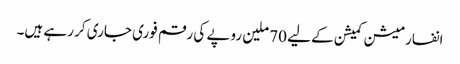
انفارمیشن کمیشن کے لیے 70 ملین روپے کی رقم فوری جاری کر رہے ہیں۔